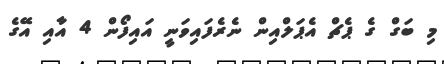
މި ބަގް ގެ ޕެޗް އެޕަލްއިން ނެރެފައިވަނީ އައިފޯން 4 އާއި އޭގެ